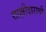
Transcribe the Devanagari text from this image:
साक्षीदाराची